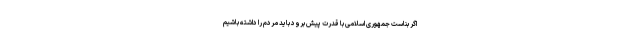
اگر بناست جمهوری اسلامی با قدرت پیش برود باید مردم را داشته باشیم